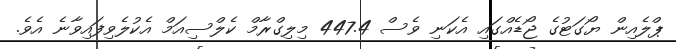
ޕްލެއިން ޔޯގަޓުގެ ޖޯޑެއްގައި އެކަނި ވެސް 447.4 މިލިގްރާމް ކެލްސިއަމް އެކުލެވިފައިވާނެ އެވެ.